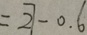
= 2 7 - 0 . 6